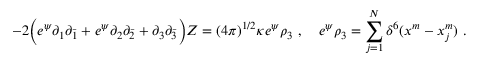
- 2 \Bigl ( e ^ { \psi } \partial _ { 1 } \partial _ { \bar { 1 } } + e ^ { \psi } \partial _ { 2 } \partial _ { \bar { 2 } } + \partial _ { 3 } \partial _ { \bar { 3 } } \Bigr ) Z = ( 4 \pi ) ^ { 1 / 2 } \kappa e ^ { \psi } \rho _ { 3 } \ , \quad e ^ { \psi } \rho _ { 3 } = \sum _ { j = 1 } ^ { N } \delta ^ { 6 } ( x ^ { m } - x _ { j } ^ { m } ) \ .